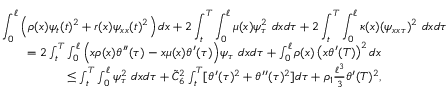
\begin{array} { r l r } { \lefteqn { \int _ { 0 } ^ { \ell } \left( \rho ( x ) \psi _ { t } ( t ) ^ { 2 } + r ( x ) \psi _ { x x } ( t ) ^ { 2 } \right) d x + 2 \int _ { t } ^ { T } \int _ { 0 } ^ { \ell } \mu ( x ) \psi _ { \tau } ^ { 2 } \ d x d \tau + 2 \int _ { t } ^ { T } \int _ { 0 } ^ { \ell } \kappa ( x ) ( \psi _ { x x \tau } ) ^ { 2 } \ d x d \tau } } \\ & { } & { = 2 \int _ { t } ^ { T } \int _ { 0 } ^ { \ell } \Big ( x \rho ( x ) \theta ^ { \prime \prime } ( \tau ) - x \mu ( x ) \theta ^ { \prime } ( \tau ) \Big ) \psi _ { \tau } \ d x d \tau + \int _ { 0 } ^ { \ell } \rho ( x ) \left( x \theta ^ { \prime } ( T ) \right) ^ { 2 } d x } \\ & { } & { \leq \int _ { t } ^ { T } \int _ { 0 } ^ { \ell } \psi _ { \tau } ^ { 2 } \ d x d \tau + \tilde { C } _ { 6 } ^ { 2 } \int _ { t } ^ { T } [ \theta ^ { \prime } ( \tau ) ^ { 2 } + \theta ^ { \prime \prime } ( \tau ) ^ { 2 } ] d \tau + \rho _ { 1 } \frac { \ell ^ { 3 } } { 3 } \theta ^ { \prime } ( T ) ^ { 2 } , } \end{array}